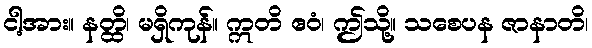
ငါ့အား။ နတ္ထိ၊ မရှိကုန်။ ဣတိ ဧဝံ၊ ဤသို့။ သစေပန ဇာနာတိ၊